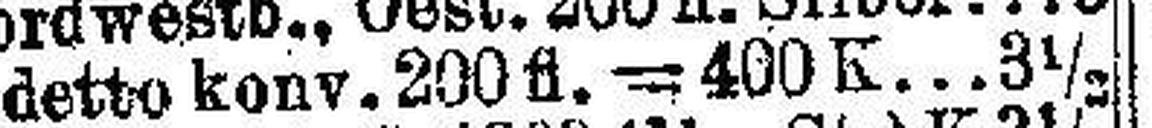
detto konv. 200 fl.— 400K. 3 ½